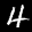
Label: 4